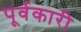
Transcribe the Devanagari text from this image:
पूर्वकारी